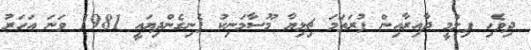
ދިވެހި ފިލްމީ ދާއިރާއިން ފުރަތަމަ ޗިޅިޔާ މޫސާމަނިކު ފެނިގެންދިޔައީ 1981 ވަނަ އަހަރު